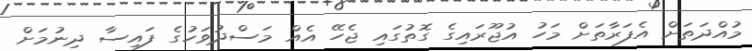
މުއްދަތަށް އެފަރާތަށް މަހު އުޖޫރައިގެ ގޮތުގައި ޖެހޭ އެއް މަސްދުވަހުގެ ފައިސާ ދިނުމަށް